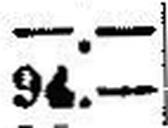
94.—